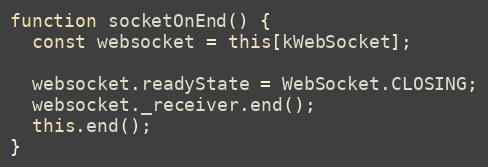
Language: JavaScript
function socketOnEnd() {
  const websocket = this[kWebSocket];

  websocket.readyState = WebSocket.CLOSING;
  websocket._receiver.end();
  this.end();
}